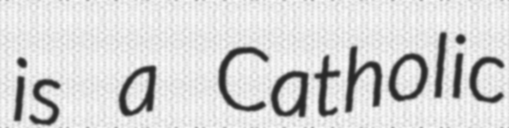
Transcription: is a Catholic